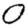
Digit: 0